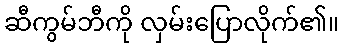
ဆီကွမ်ဘီကို လှမ်းပြောလိုက်၏။